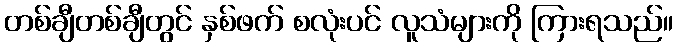
တစ်ချီတစ်ချီတွင် နှစ်ဖက် စလုံးပင် လူသံများကို ကြားရသည်။